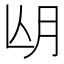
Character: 𣍢